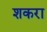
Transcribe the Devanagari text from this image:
शकरा